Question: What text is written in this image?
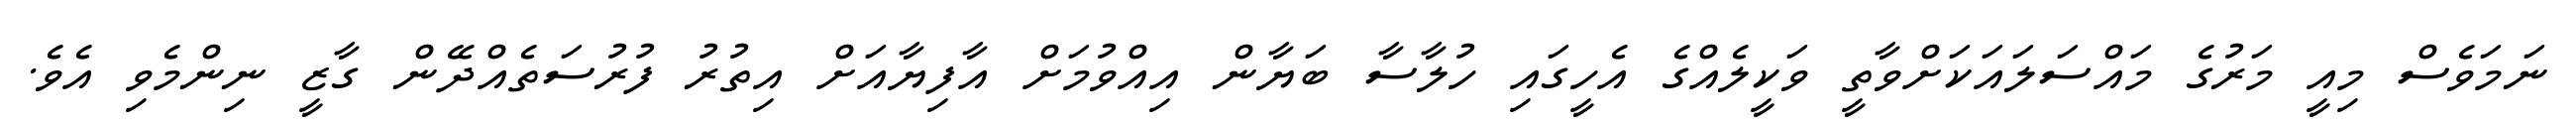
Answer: ނަމަވެސް މިއީ މަރުގެ މައްސަލައަކަށްވާތީ ވަކީލެއްގެ އެހީގައި ހުލާސާ ބަޔާން އިއްވުމަށް އާފިޔާއަށް އިތުރު ފުރުސަތެއްދޭން ގާޒީ ނިންމެވި އެވެ.